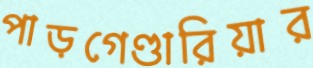
পাড়গেণ্ডারিয়ার